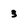
Character: 3